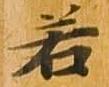
若